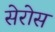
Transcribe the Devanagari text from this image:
सेरोस